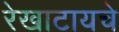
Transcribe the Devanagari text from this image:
रेखाटायचे